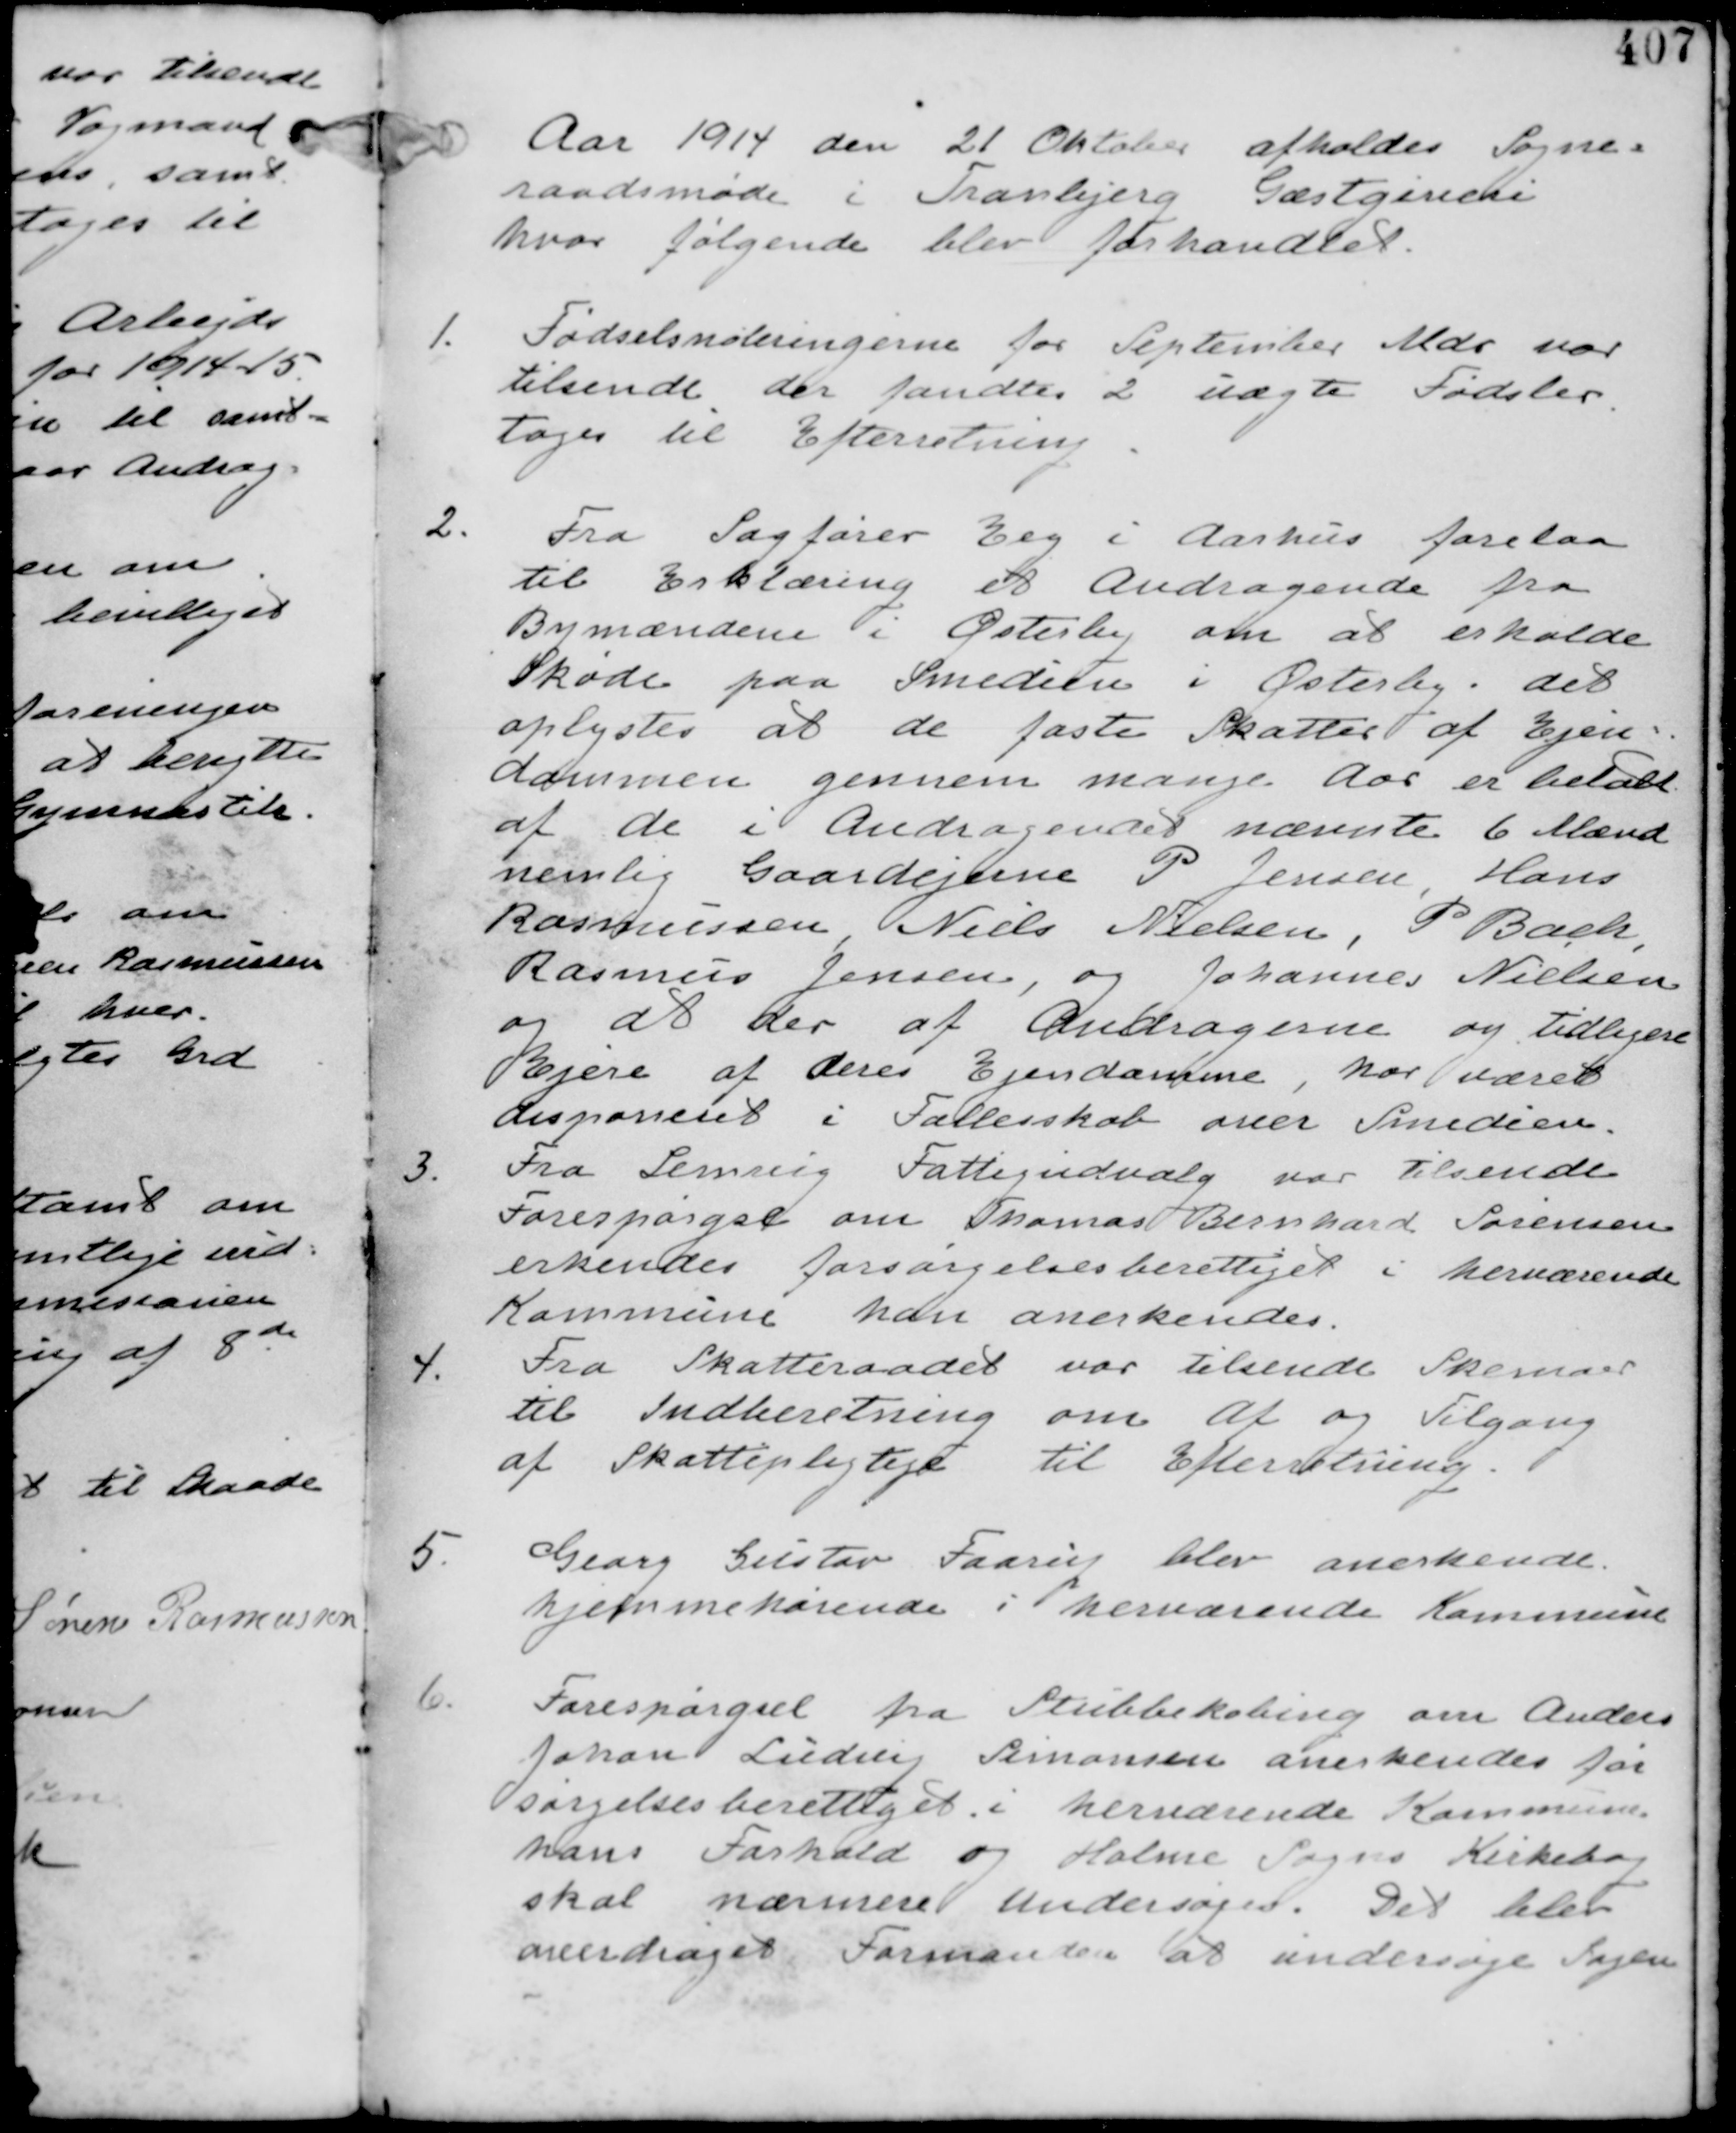
Transskription:
Aar 1914 de 21 Oktober afholdes Sogne-
raadsmøde i Tranbjerg Gæstgivere
hvor følgende blev forhandlet

1. Fødselsnoteringerne for September Mdr var
tilsendt der fandtes 2 uægte Fødsler
tages til Efterretning

2.
Fra Sagfører Eeg i Aarhus forelaa
til Erklæring et andragende fra
Bymændene i Østeby om at erholde
Skøde paa Smedien i Østerby. det
oplystes at de faste Skatter af Ejen-
dommen gennem mange Aar er betalt
af de i Andragendet nævnte 6 Mand
ne,lig Gaardejerne P Jensen, Hans
Rasmussen, Niels Nielsen, P Back,
Rasmus Jensen, og Johannes Nielsen,
og at der af Andragerne og tidligere
Ejere af deres Ejendomme, har været
disponeret i Fællesskab over Smedien.

3. Fra Lemvig Fattigudvalg var tilsendt
Forespørgsel om Thomas Bernhard Sørensen
erkendes forsørgelsesberettiget i herværende
Kommune han anerkendes.

4.
Fra Skatteraadet var tilsendt Skemaer
til Indberetning om Af og Tilgang
af Skattepligtige til Efterretning

5.
Georg Gustav Raarig blev anerkendt
hjemmehørende i herværende Kommune

6.
Forespørgsel fra Stubbekøbing om Anders
Johan Ludvig Simonsen anerkendes for-
sørgelsberettiget i herværende Kommune
hans Forhold og Holme Sogns Kirkebog
skal nærmere undersøges. Det blev
overdraget Formanden at undersøge Sagen.